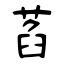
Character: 萏